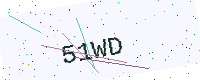
Text: 51WD